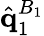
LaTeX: \hat{\mathbf{q}}_{1}^{B_{1}}